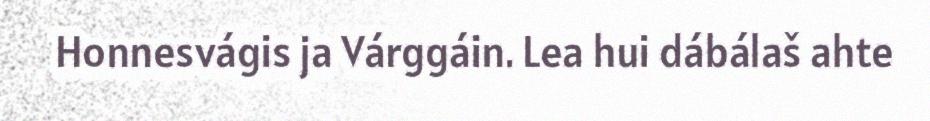
Honnesvágis ja Várggáin. Lea hui dábálaš ahte